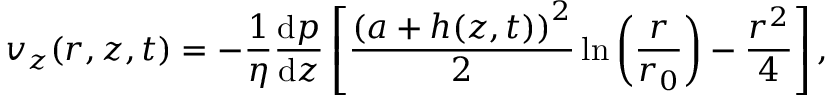
v _ { z } ( r , z , t ) = - \frac { 1 } { \eta } \frac { \mathrm { d } p } { \mathrm { d } z } \left[ \frac { \left( a + h ( z , t ) \right) ^ { 2 } } { 2 } \ln \left( \frac { r } { r _ { 0 } } \right) - \frac { r ^ { 2 } } { 4 } \right] ,